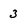
Character: 3